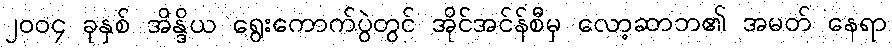
၂၀၀၄ ခုနှစ် အိန္ဒိယ ရွေးကောက်ပွဲတွင် အိုင်အင်န်စီမှ လော့ဆာဘ၏ အမတ် နေရာ